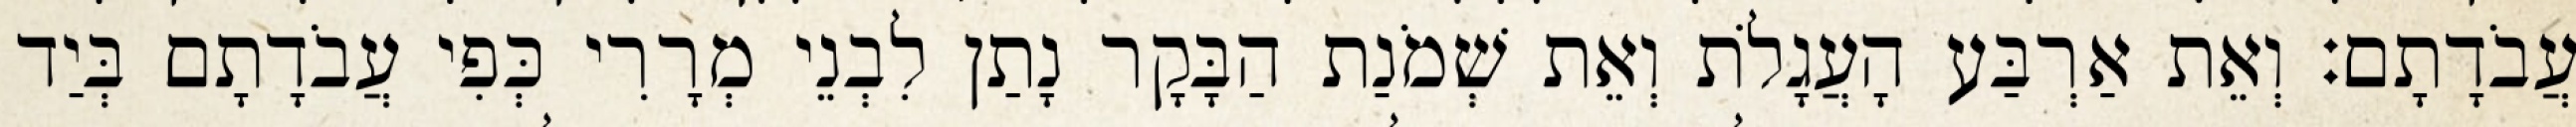
עֲבֹדָתָם׃ וְאֵת אַרְבַּע הָעֲגָלֹת וְאֵת שְׁמֹנַת הַבָּקָר נָתַן לִבְנֵי מְרָרִי כְּפִי עֲבֹדָתָם בְּיַד